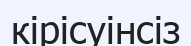
кірісуінсіз